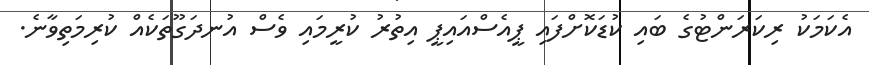
އެކަމަކު ރިކަރަންޓުގެ ބައި ކުޑަކޮށްފައި ޕީއެސްއައިޕީ އިތުރު ކުރީމައި ވެސް އުނދަގޫތަކެއް ކުރިމަތިވާނެ.